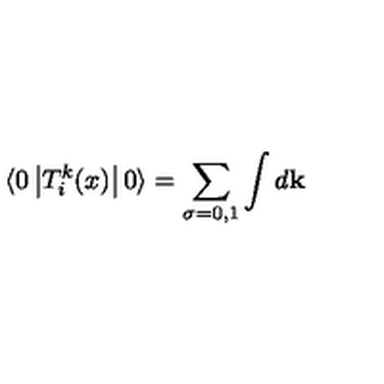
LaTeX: \langle 0 \left| T _ { i } ^ { k } ( x ) \right| 0 \rangle = \sum _ { \sigma = 0 , 1 } \int d { \mathbf k }